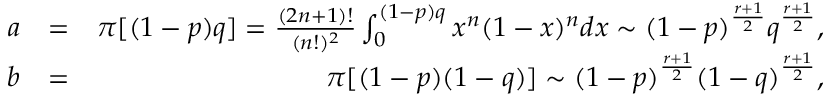
\begin{array} { r l r } { a } & { = } & { \pi [ ( 1 - p ) q ] = \frac { ( 2 n + 1 ) ! } { ( n ! ) ^ { 2 } } \int _ { 0 } ^ { ( 1 - p ) q } x ^ { n } ( 1 - x ) ^ { n } d x \sim ( 1 - p ) ^ { \frac { r + 1 } { 2 } } q ^ { \frac { r + 1 } { 2 } } , } \\ { b } & { = } & { \pi [ ( 1 - p ) ( 1 - q ) ] \sim ( 1 - p ) ^ { \frac { r + 1 } { 2 } } ( 1 - q ) ^ { \frac { r + 1 } { 2 } } , } \end{array}